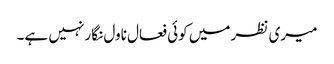
میری نظر میں کوئی فعال ناول نگار نہیں ہے۔